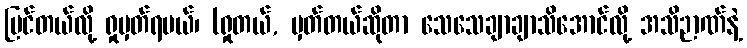
မြင်တယ်လို့ ရှုမှတ်ရမယ်၊ (ရှုတယ်, မှတ်တယ်ဆိုတာ သေသေချာချာသိအောင်လို့ အသိဉာဏ်နဲ့